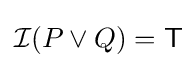
{\mathcal {I}}(P\lor Q)={\mathsf {T}}